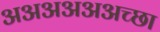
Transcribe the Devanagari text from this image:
अअअअअअच्छा